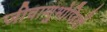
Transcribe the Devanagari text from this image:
जीवाणुभोजियों